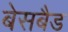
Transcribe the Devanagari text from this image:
बेसबैड